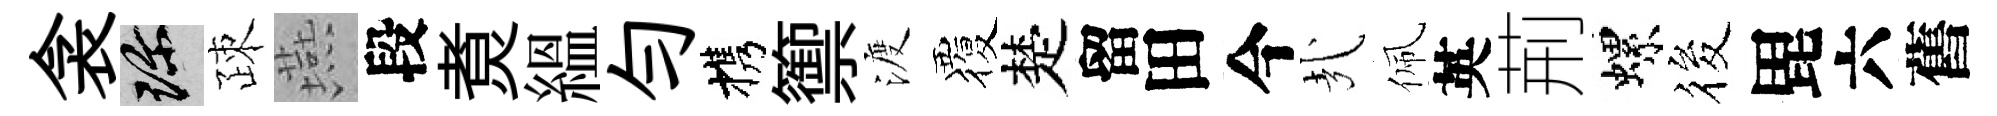
衾珍疎燕段煑緼勻携籞渡覆楚留田今㢤佩英荊螺筱毘六舊